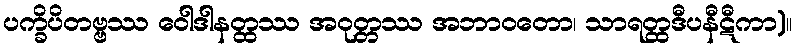
ပက္ခိပိတဗ္ဗဿ ဝေါဒါနတ္ထဿ အဝုတ္တဿ အဘာဝတော၊ သာရတ္ထဒီပနီဋီကာ)။